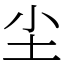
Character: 尘